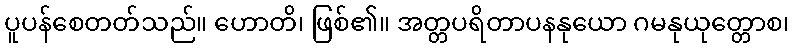
ပူပန်စေတတ်သည်။ ဟောတိ၊ ဖြစ်၏။ အတ္တပရိတာပနနုယော ဂမနုယုတ္တောစ၊